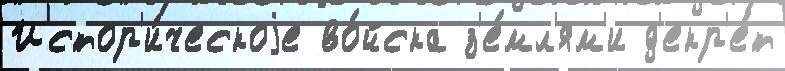
Истор'и́ческоjе во́йска з'е́мл'ям'и д'екр'е́т